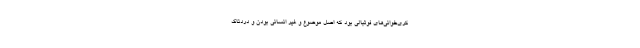
کری‌خوانی‌های فوتبالی بود که اصل موضوع و غیر انسانی بودن و دردناک